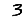
Digit: 3